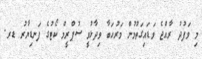
މި ވަފުދު ރާއްޖެ ވަޑައިގަތުމުން މަރުހަބާ ވިދާޅުވީ ސުޕްރީމް ކޯޓުގެ ފަނޑިޔާރު ޑރ.